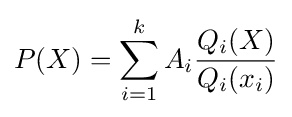
P(X)=\sum _{i=1}^{k}A_{i}{\frac {Q_{i}(X)}{Q_{i}(x_{i})}}